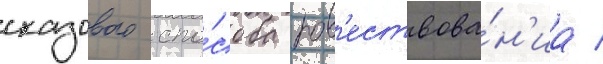
сказового спо́соба пов'ествова́н'иа /